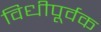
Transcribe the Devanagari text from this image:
विधीपूर्वक